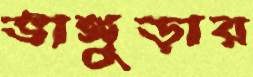
ভাঙ্গুড়ার